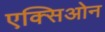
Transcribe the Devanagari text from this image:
एक्सिओन